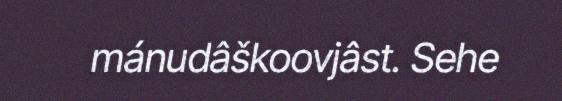
mánudâškoovjâst. Sehe